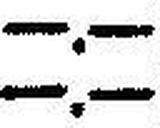
—.—